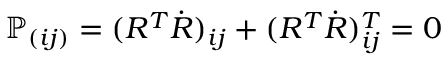
\mathbb P _ { ( i j ) } = ( R ^ { T } \dot { R } ) _ { i j } + ( R ^ { T } \dot { R } ) _ { i j } ^ { T } = 0